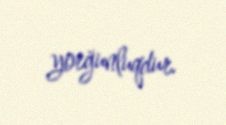
yorğunluqdur.